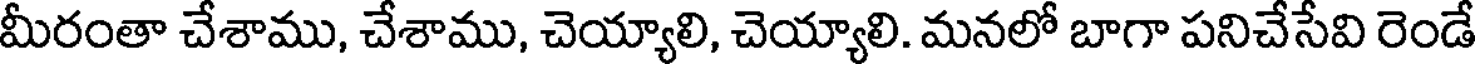
మీరంతా చేశాము, చేశాము, చెయ్యాలి, చెయ్యాలి. మనలో బాగా పనిచేసేవి రెండే